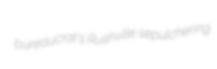
bureaucrat's Rushville sepulchering